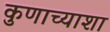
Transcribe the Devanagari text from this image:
कुणाच्याशा